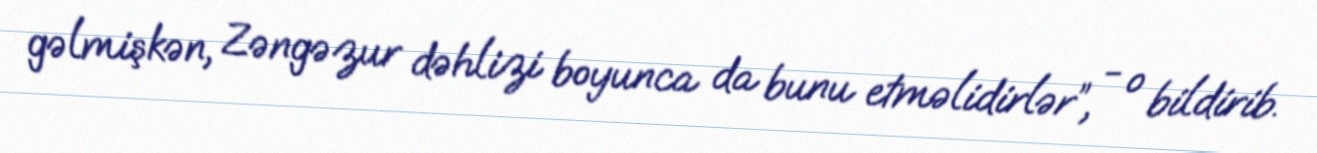
gəlmişkən, Zəngəzur dəhlizi boyunca da bunu etməlidirlər”, - o bildirib.